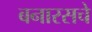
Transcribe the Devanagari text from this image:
बनारसचे